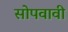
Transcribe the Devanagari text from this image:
सोपवावी